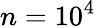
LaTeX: n=10^{4}